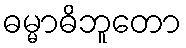
ဓမ္မာဓိဘူတော